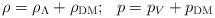
LaTeX: \begin{align*}\rho = \rho_\Lambda + \rho_{\rm DM}; ~~p = p_V + p_{\rm DM}\end{align*}